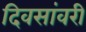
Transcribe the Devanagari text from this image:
दिवसांवरी